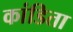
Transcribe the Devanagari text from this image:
कांडिता